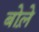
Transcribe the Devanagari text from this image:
बोले़